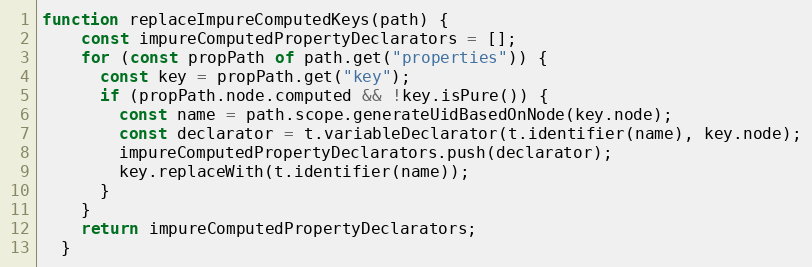
Language: JavaScript
function replaceImpureComputedKeys(path) {
    const impureComputedPropertyDeclarators = [];
    for (const propPath of path.get("properties")) {
      const key = propPath.get("key");
      if (propPath.node.computed && !key.isPure()) {
        const name = path.scope.generateUidBasedOnNode(key.node);
        const declarator = t.variableDeclarator(t.identifier(name), key.node);
        impureComputedPropertyDeclarators.push(declarator);
        key.replaceWith(t.identifier(name));
      }
    }
    return impureComputedPropertyDeclarators;
  }